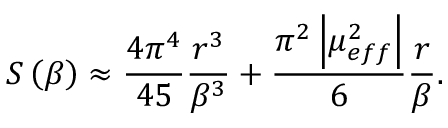
S \left( \beta \right) \approx \frac { 4 \pi ^ { 4 } } { 4 5 } \frac { r ^ { 3 } } { \beta ^ { 3 } } + \frac { \pi ^ { 2 } \left| \mu _ { e f f } ^ { 2 } \right| } { 6 } \frac { r } { \beta } .